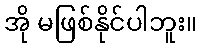
အို မဖြစ်နိုင်ပါဘူး။